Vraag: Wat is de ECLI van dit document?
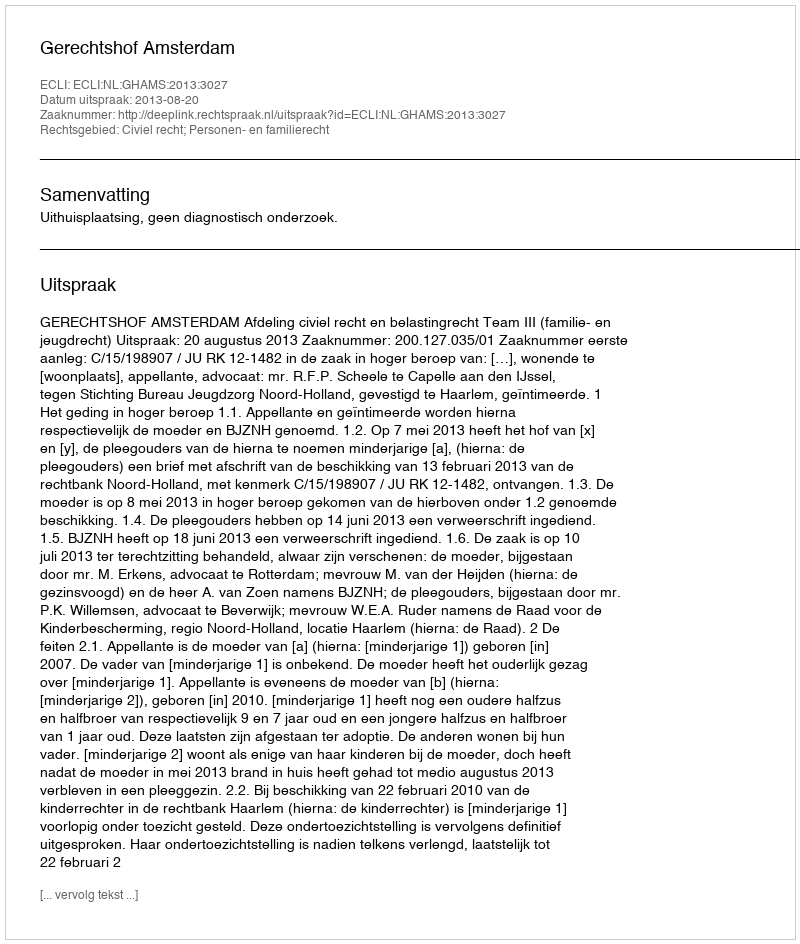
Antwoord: ECLI:NL:GHAMS:2013:3027